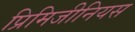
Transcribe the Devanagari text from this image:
प्रिमिजीनियस